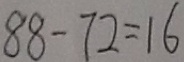
8 8 - 7 2 = 1 6